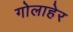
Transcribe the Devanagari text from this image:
गोलाहेर